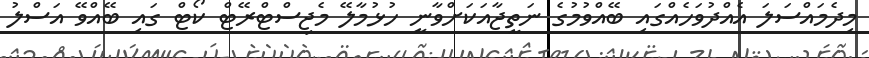
މިދެމައްސަލަ އެއްދުވަހެއްގައި ބޭއްވުމުގެ ނަތީޖާއަކަށްވާނީ ހުޅުމާލޭ މެޖިސްޓްރޭޓް ކޯޓް ގައި ބޭއްވޭ އަސްލު